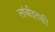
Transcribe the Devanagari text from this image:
लांबीइतकी